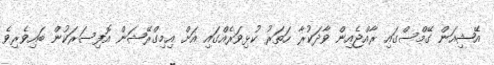
އޭޝިއަން ގޭމްސްގައި ރާއްޖެއިން ވާދަކުރާ ހަތަރު ކުޅިވަރެއްގައި އަށް އިމިގްރޭޝަން އޮފިސަރަކުން ބައިވެރިވެ